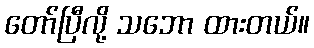
တော်ပြီလို့ သဘော ထားတယ်။